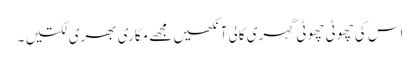
اس کی چھوٹی چھوٹی گہری کالی آنکھیں مجھے مکاری بھری لگتیں ۔